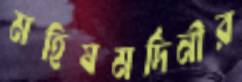
মহিষমর্দিনীর